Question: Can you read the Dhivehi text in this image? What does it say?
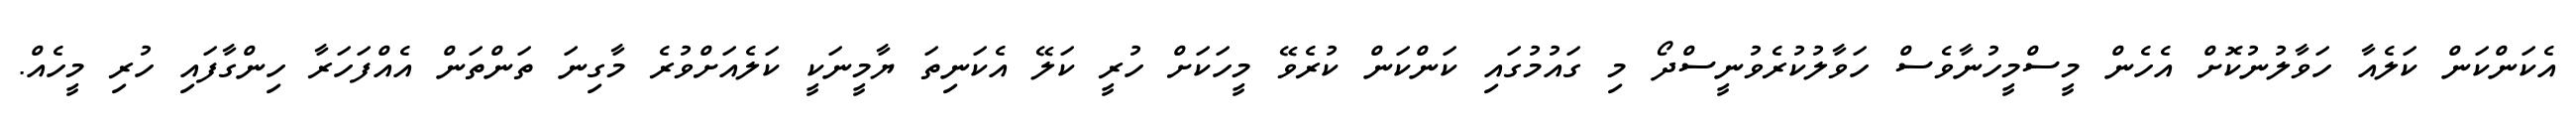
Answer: އެކަންކަން ކަލެއާ ހަވާލުނުކޮށް އެހެން މީސްމީހުނާވެސް ހަވާލުކުރެވުނީސްދޯ މި ގައުމުގައި ކަންކަން ކުރެވޭ މީހަކަށް ހުރީ ކަލޭ އެކަނިތަ ޔާމީނަކީ ކަލެއަށްވުރެ މާގިނަ ތަންތަން އެއްފަހަރާ ހިންގާފައި ހުރި މީހެއް.